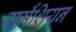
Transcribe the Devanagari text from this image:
सर्मॅशियन